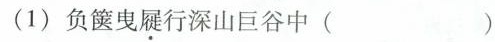
(1)负箧曳屣行深山巨谷中( )